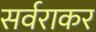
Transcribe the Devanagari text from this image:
सर्वराकर